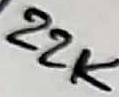
Text: 22K